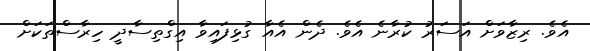
އެވެ. ރިޒާވަށް އަސަރު ކުރާނެ އެވެ. ދެން އެއާ ގުޅިފައިވާ އިގްތިސާދީ ހިރާސްތަކަށް